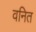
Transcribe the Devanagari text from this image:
वनित